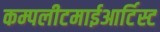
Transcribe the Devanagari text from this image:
कम्पलीटमाईआर्टिस्ट